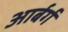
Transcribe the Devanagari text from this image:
आर्बर्ग